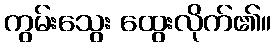
ကွမ်းသွေး ထွေးလိုက်၏။